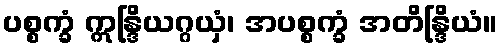
ပစ္စက္ခံ ဣန္ဒြိယဂ္ဂယှံ၊ အပစ္စက္ခံ အတိန္ဒြိယံ။